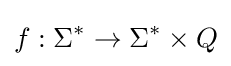
f:\Sigma ^{*}\to \Sigma ^{*}\times Q